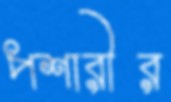
পশারীর